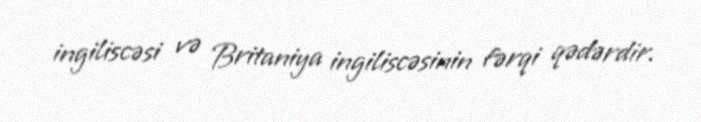
ingiliscəsi və Britaniya ingiliscəsinin fərqi qədərdir.